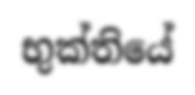
භුක්තියේ